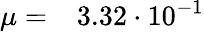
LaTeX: \mu=\phantom{-}3.32\cdot 10^{-1}